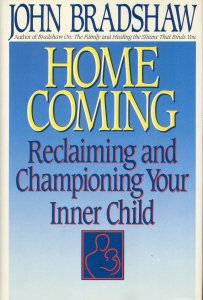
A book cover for Homecoming: Reclaiming and Championing Your Inner Child; John Bradshaw; Self-Help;